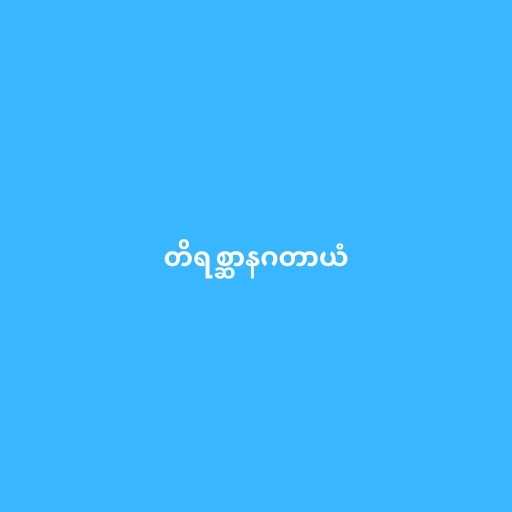
တိရစ္ဆာနဂတာယံ